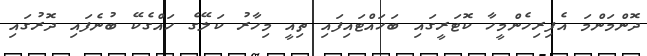
ދޮންމަންމަ އެފިރިހެންމީހާ ކޮޓަރީގައި ބަހައްޓައިފައި ތިއީ މިހާރު ކަލޭގެ ހައްގެކޭ ބުނެފައި ދޮރުގައި